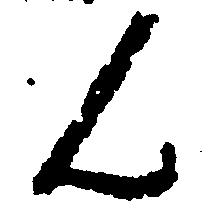
ん